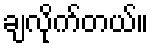
ချလိုက်တယ်။